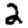
Digit: 2